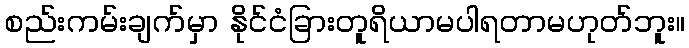
စည်းကမ်းချက်မှာ နိုင်ငံခြားတူရိယာမပါရတာမဟုတ်ဘူး။